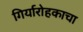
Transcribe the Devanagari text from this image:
गिर्यारोहकाचा